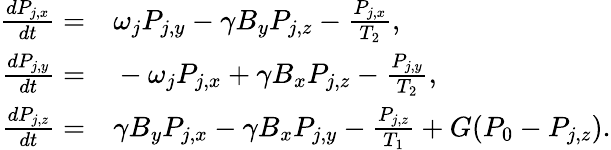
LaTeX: \begin{array}{rl}{\frac{dP_{j,x}}{dt}=}&{{}\omega_{j}P_{j,y}-\gamma B_{y}P_{j,z}-\frac{P_{j,x}}{T_{2}},}\\ {\frac{dP_{j,y}}{dt}=}&{{}-\omega_{j}P_{j,x}+\gamma B_{x}P_{j,z}-\frac{P_{j,y}}{T_{2}},}\\ {\frac{dP_{j,z}}{dt}=}&{{}\gamma B_{y}P_{j,x}-\gamma B_{x}P_{j,y}-\frac{P_{j,z}}{T_{1}}+G(P_{0}-P_{j,z}).}\end{array}